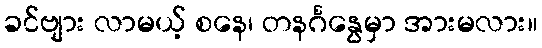
ခင်ဗျား လာမယ့် စနေ၊ တနင်္ဂနွေမှာ အားမလား။